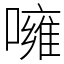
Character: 噰